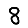
Digit: 8